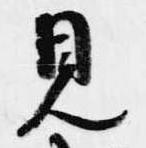
見